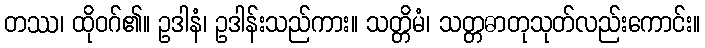
တဿ၊ ထိုဝဂ်၏။ ဥဒါနံ၊ ဥဒါန်းသည်ကား။ သတ္တိမံ၊ သတ္တဓာတုသုတ်လည်းကောင်း။